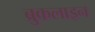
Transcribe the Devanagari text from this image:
ब्रुकलाइन